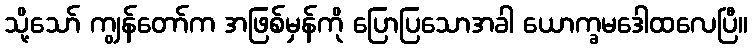
သို့သော် ကျွန်တော်က အဖြစ်မှန်ကို ပြောပြသောအခါ ယောက္ခမဒေါထလေပြီ။